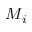
M _ { i }